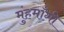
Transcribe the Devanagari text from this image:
मुंहमाँगी